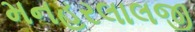
મનહરલાલજી